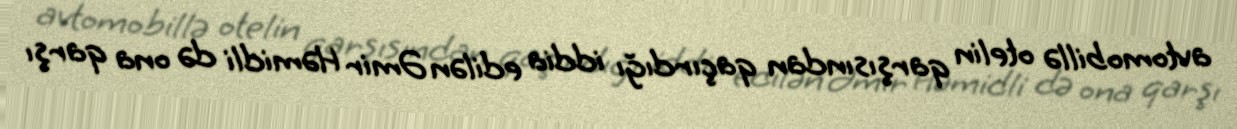
avtomobillə otelin qarşısından qaçırdığı iddia edilən Əmir Həmidli də ona qarşı